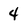
Character: 4